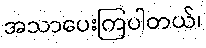
အသာပေးကြပါတယ်၊